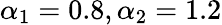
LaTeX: \alpha_{1}=0.8,\alpha_{2}=1.2